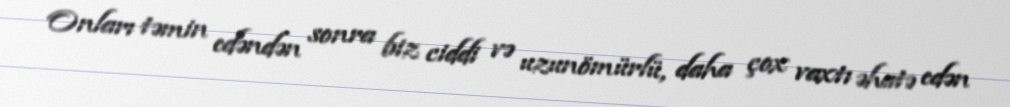
Onları təmin edəndən sonra biz ciddi və uzunömürlü, daha çox vaxtı əhatə edən